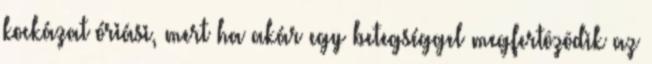
kockázat óriási, mert ha akár egy betegséggel megfertôzôdik az